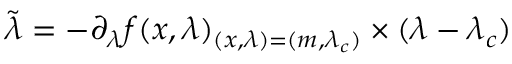
\tilde { \lambda } = - \partial _ { \lambda } f ( x , \lambda ) _ { ( x , \lambda ) = ( m , \lambda _ { c } ) } \times ( \lambda - \lambda _ { c } )